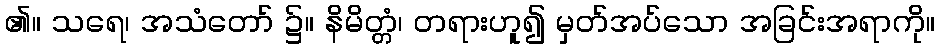
၏။ သရေ၊ အသံတော် ၌။ နိမိတ္တံ၊ တရားဟူ၍ မှတ်အပ်သော အခြင်းအရာကို။